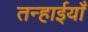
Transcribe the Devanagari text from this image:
तन्हाईयाँ